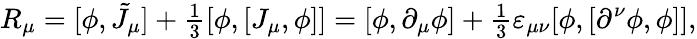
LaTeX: R_{\mu}=[\phi,\tilde{J}_{\mu}]+{\textstyle\frac 13}[\phi,[J_{\mu},\phi]]=[\phi,\partial_{\mu}\phi]+{\textstyle\frac 13}\varepsilon_{\mu\nu}[\phi,[\partial^{\nu}\phi,\phi]],